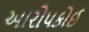
આરોપકોઈ